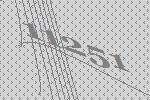
11251